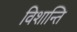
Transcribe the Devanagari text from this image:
विशान्ति